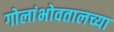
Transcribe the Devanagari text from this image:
गोलांभोवतालच्या